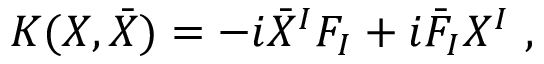
K ( X , \bar { X } ) = - i { \bar { X } } ^ { I } F _ { I } + i { \bar { F } } _ { I } X ^ { I } \ ,